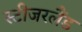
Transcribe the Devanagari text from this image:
स्टीजरलैंड